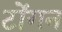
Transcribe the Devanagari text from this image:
टोंगन